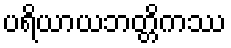
ပရိယာယဘတ္တိကဿ